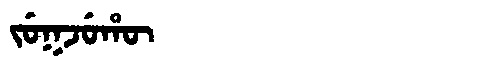
Manchu: ᠵᡠᡴᠵᡠᡥᡡ
Romanization: JUKJUHŪ